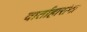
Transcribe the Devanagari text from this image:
वार्ताहारांना